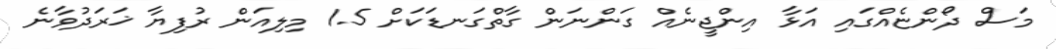
މަސް ދޯންޏެއްގައި އަޅާ އިންޖީނެއް ގަންނަން ގާތްގަނޑަކަށް 1.5 މިލިއަން ރުފިޔާ ޚަރަދުވާނެ